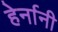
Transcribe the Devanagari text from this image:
हेर्नानी